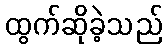
ထွက်ဆိုခဲ့သည်